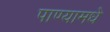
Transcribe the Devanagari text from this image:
पाण्यामधे